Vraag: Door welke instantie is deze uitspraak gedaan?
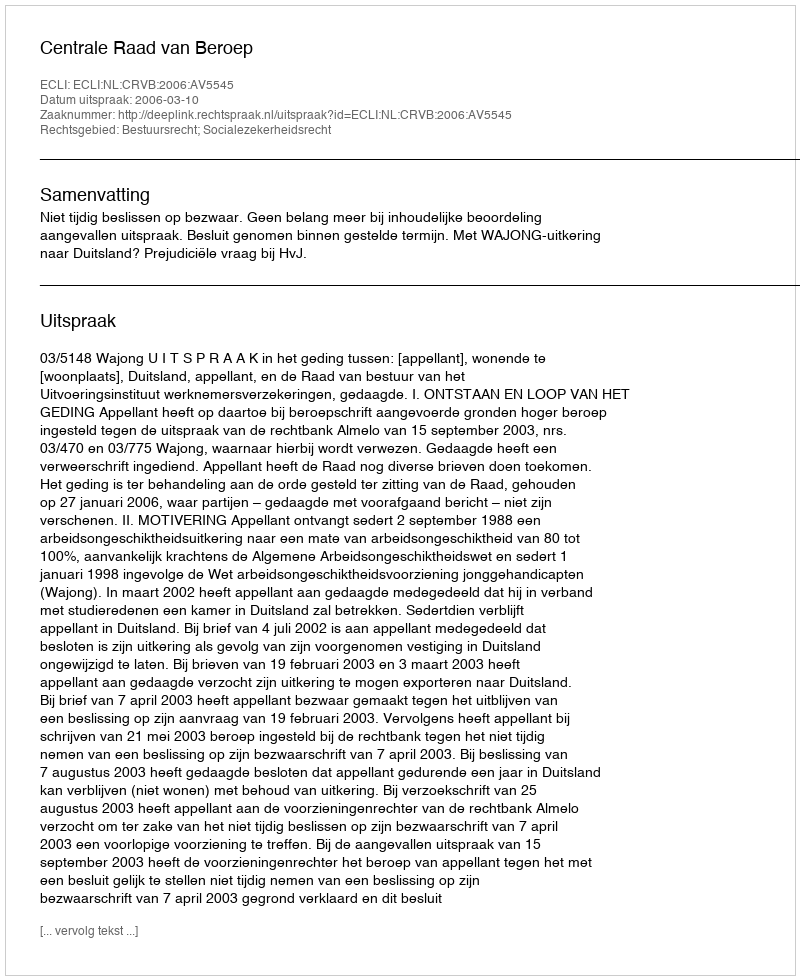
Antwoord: Centrale Raad van Beroep